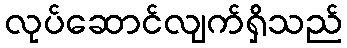
လုပ်ဆောင်လျက်ရှိသည်